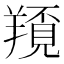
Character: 𦏀